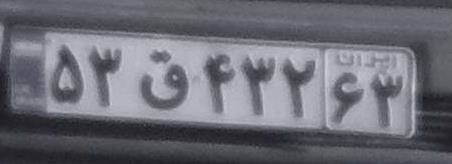
۵۳ق۴۳۲۶۳